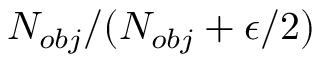
N _ { o b j } / ( N _ { o b j } + \epsilon / 2 )